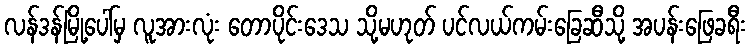
လန်ဒန်မြို့ပေါ်မှ လူအားလုံး တောပိုင်းဒေသ သို့မဟုတ် ပင်လယ်ကမ်းခြေဆီသို့ အပန်းဖြေခရီး